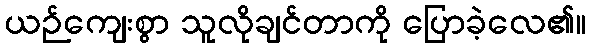
ယဉ်ကျေးစွာ သူလိုချင်တာကို ပြောခဲ့လေ၏။